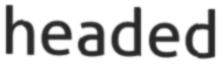
headed